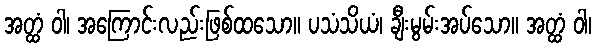
အတ္ထံ ဝါ၊ အကြောင်းလည်းဖြစ်ထသော။ ပသံသိယံ၊ ချီးမွမ်းအပ်သော။ အတ္ထံ ဝါ၊